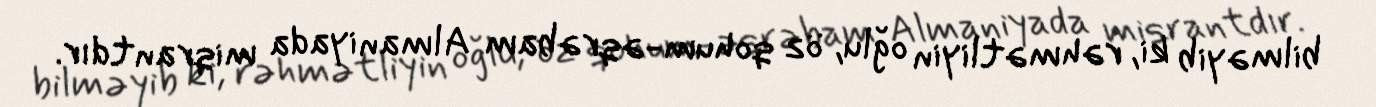
bilməyib ki, rəhmətliyin oğlu, öz qohum-əqrəbam Almaniyada miqrantdır.